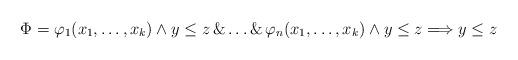
LaTeX: \begin{align*}\Phi = \varphi_1(x_1, \dots, x_k) \land y \leq z \, \& \dots \& \, \varphi_n(x_1, \dots, x_k) \land y \leq z \Longrightarrow y \leq z\end{align*}